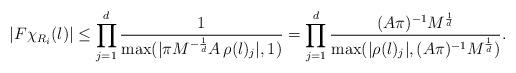
LaTeX: \begin{align*}|F\chi_{R_i}(l)|\le \prod_{j=1}^d \frac{1}{\max(|\pi M^{-\frac{1}{d}} A\, \rho(l)_j|,1)}=\prod_{j=1}^d \frac{(A\pi)^{-1} M^{\frac{1}{d}} }{\max(| \rho(l)_j|,(A\pi)^{-1} M^{\frac{1}{d}} )}.\end{align*}